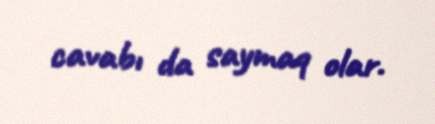
cavabı da saymaq olar.